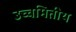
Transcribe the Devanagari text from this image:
उच्चमितीय